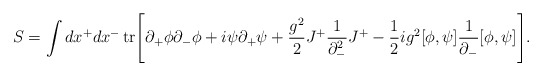
\begin{align*}S = \int dx^{+}dx^{-} \, {\rm tr} \Bigg[ \partial_{+}\phi\partial_{-}\phi+i\psi\partial_{+}\psi +\frac{g^2}{2}J^{+}\frac{1}{\partial_{-}^{2}}J^{+}-\frac{1}{2}ig^2 [\phi,\psi]\frac{1}{\partial_{-}} [\phi,\psi] \Bigg].\end{align*}